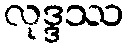
လုဒ္ဒဿ